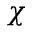
\chi